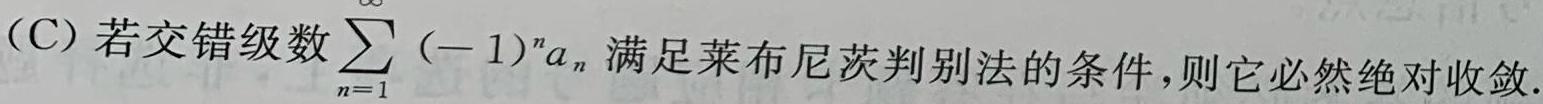
(C) 若交错级数$\sum_{n = 1}^{\infty} (-1)^n a_n$满足莱布尼茨判别法的条件,则它必然绝对收敛.